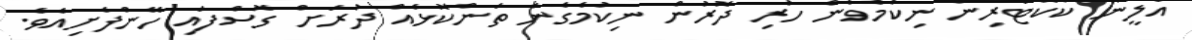
އަލީނާ ކާކޮޓަރިން ނިކުމެވެން ހުރި ދޮރުން ނިކުމެގެން ތަންކޮޅެއް ދުރަށް ގޮސްފައި ހޭންފެށިއެވެ.